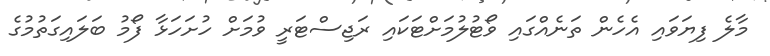
މާލެ ފިޔަވައި އެހެން ތަނެއްގައި ވޯޓުލުމަށްޓަކައި ރަޖިސްޓަރީ ވުމަށް ހުށަހަޅާ ފޯމު ބަލައިގަތުމުގެ